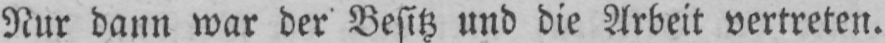
Nur dann war der Besitz und die Arbeit vertreten.